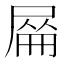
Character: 𡲜